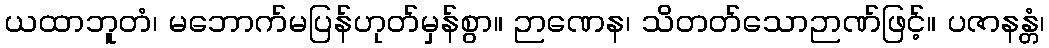
ယထာဘူတံ၊ မဘောက်မပြန်ဟုတ်မှန်စွာ။ ဉာဏေန၊ သိတတ်သောဉာဏ်ဖြင့်။ ပဇာနန္တံ၊